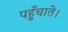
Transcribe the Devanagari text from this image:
पहुँचाते।